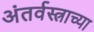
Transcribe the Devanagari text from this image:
अंतर्वस्त्राच्या